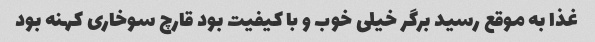
غذا به موقع رسید برگر خیلی خوب و با کیفیت بود قارچ سوخاری کهنه بود